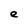
Character: e